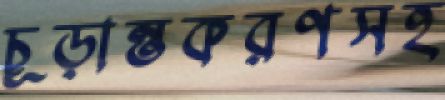
চূড়ান্তকরণসহ